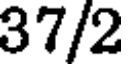
37/2